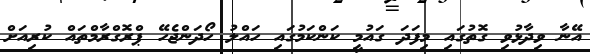
އޭނާ ވިދާޅުވި ގޮތުގައި މިފަދަ ގައުމީ ކަންކަމުގައި ހައްލު ހޯދަންޖެހޭ ޕްރޮގްރާމްތައް ކުރިއަށް